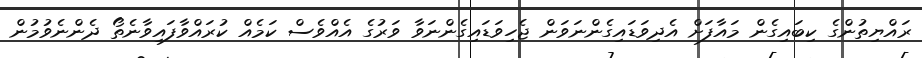
ރައްޔިތުންގެ ކިބައިގެން މައާފަށް އެދިވަޑައިގެންނަވަން ޖެހިވަޑައިގެންނަވާ ވަރުގެ އެއްވެސް ކަމެއް ކުރައްވާފައިވާނެތޯ ދެންނެވުމުން